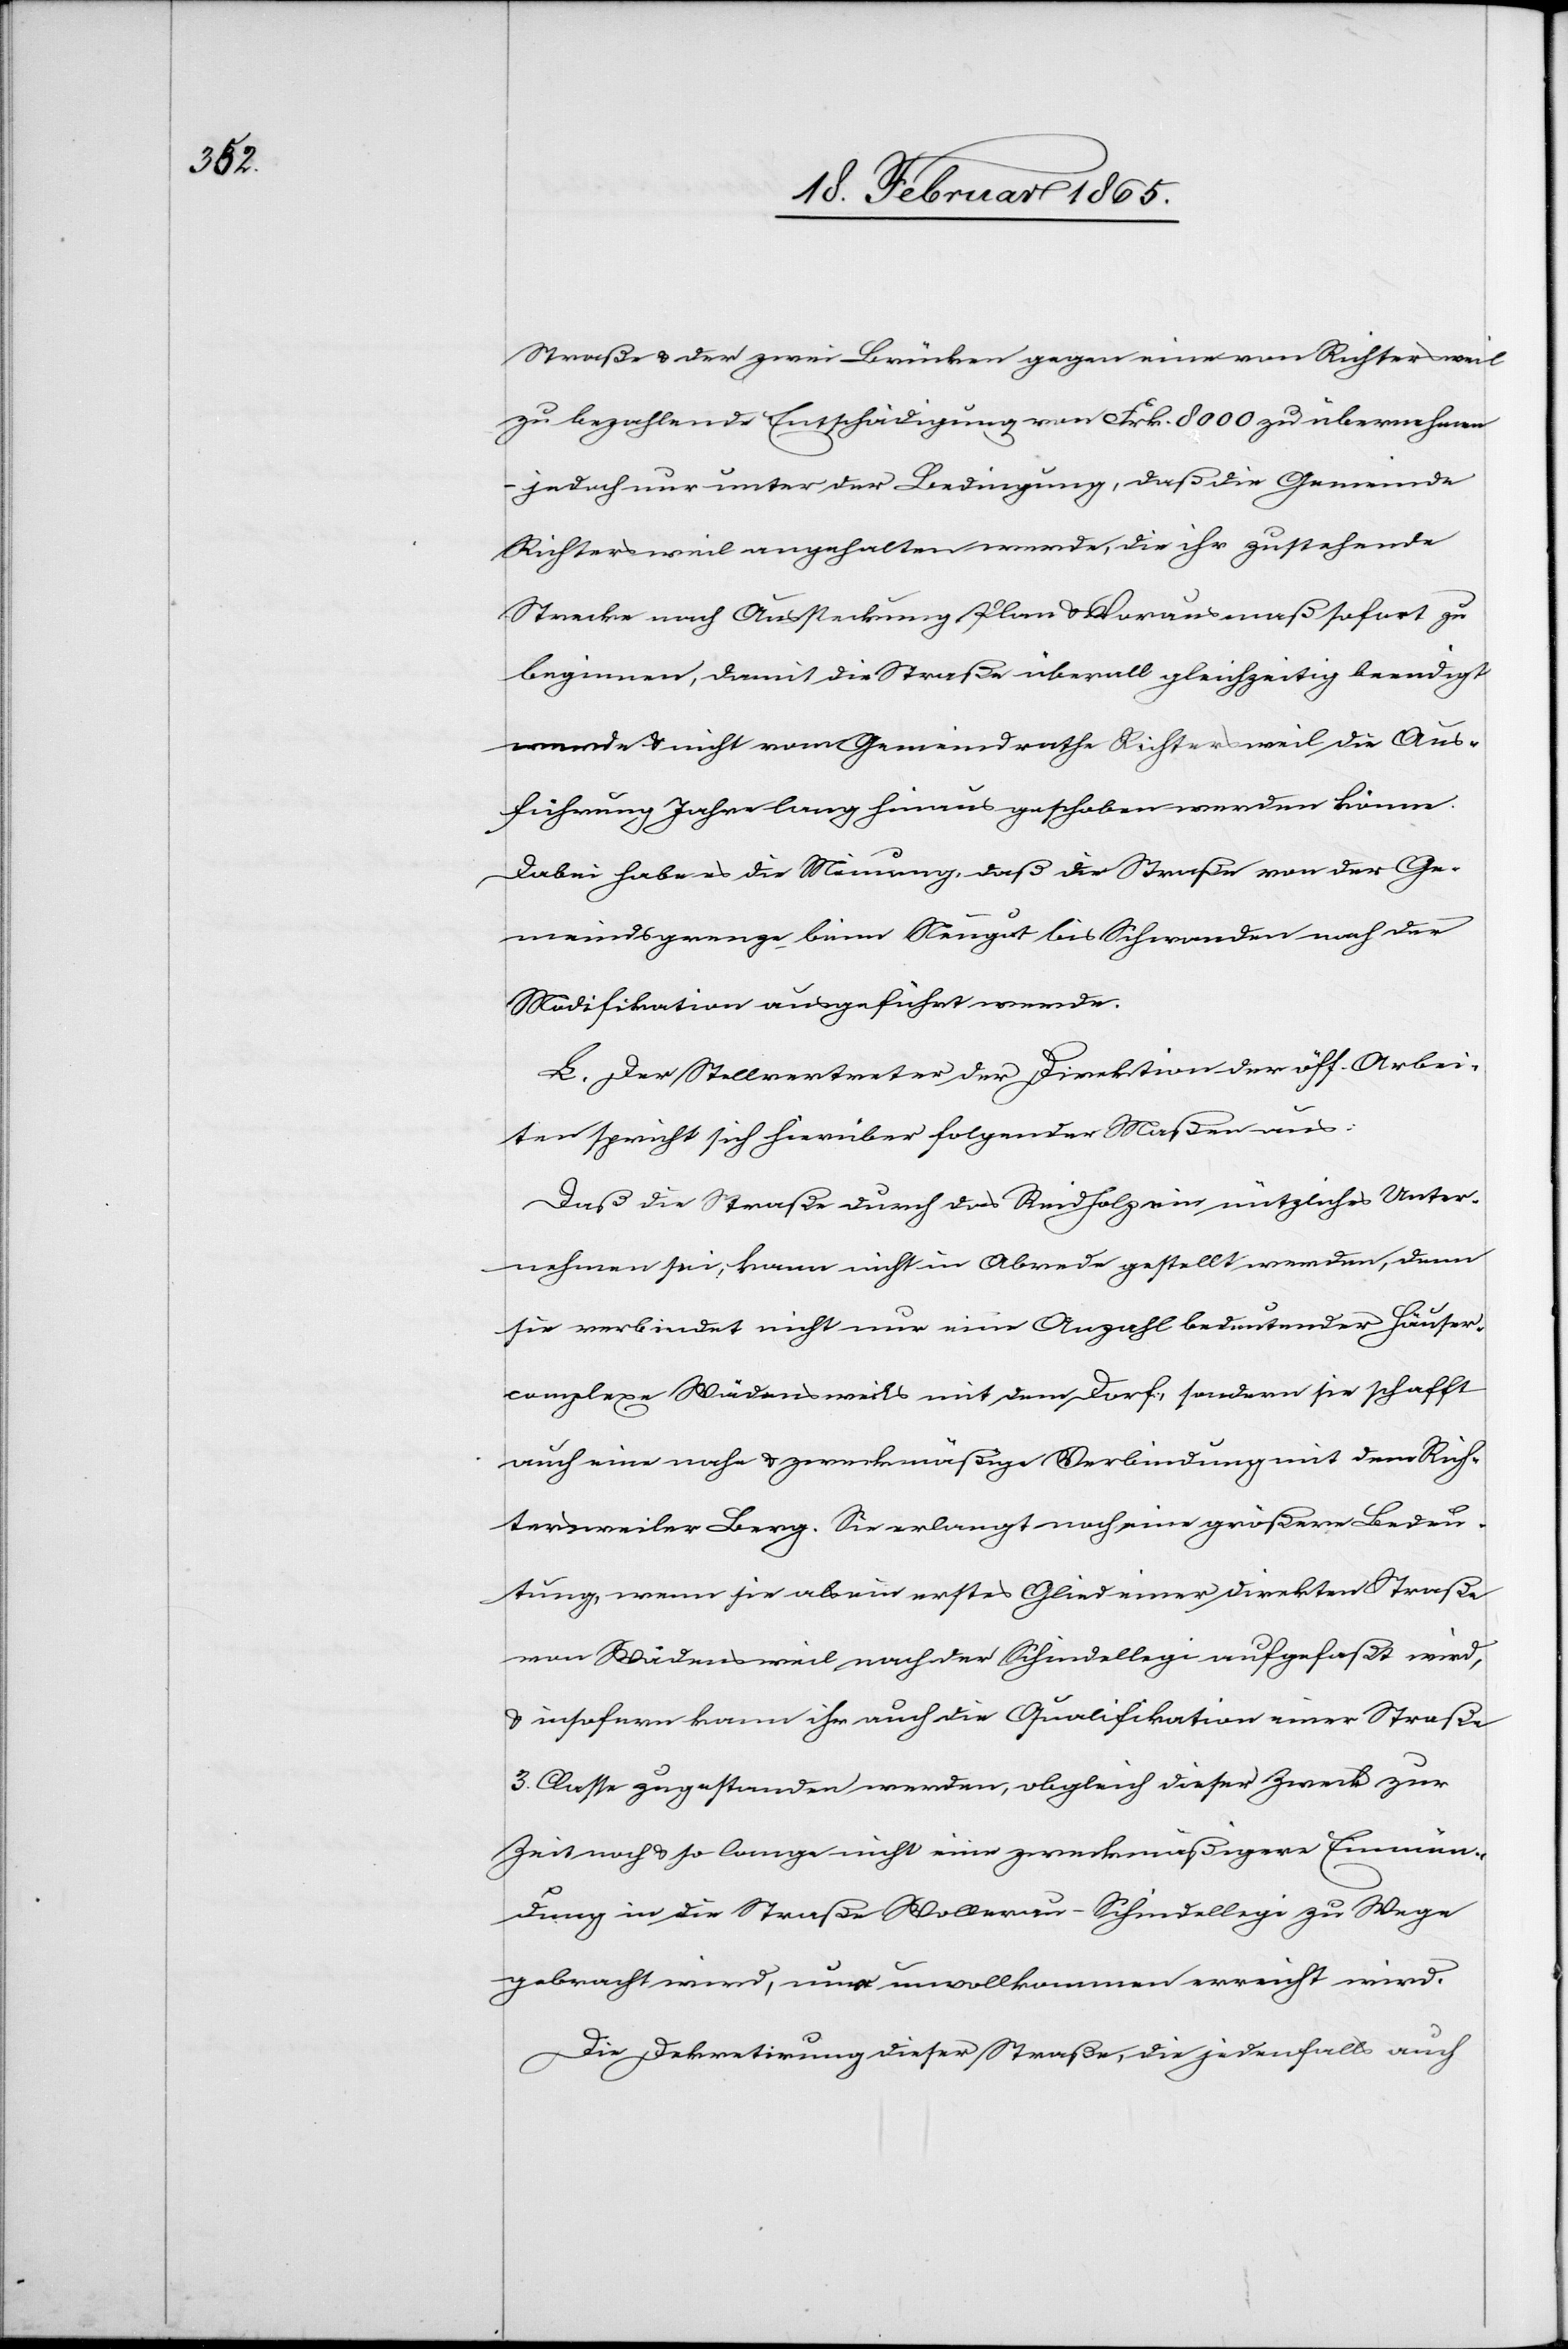
Straße u. der zwei Brücken gegen eine von Richtersweil
zu bezahlende Entschädigung von Frk. 8000 zu übernehmen
jedoch nur unter der Bedingung, daß die Gemeinde
Richtersweil angehalten werde, die ihr zustehende
Strecke nach Aussteckung Plan u. Vorausmaß sofort zu
beginnen, damit die Straße überall gleichzeitig beendigt
werde u. nicht vom Gemeindrathe Richtersweil die Aus¬
führung Jahre lang hinaus geschoben werden könne.
Dabei habe es die Meinung, daß die Straße von der Ge¬
meindsgrenze beim Neugut bis Schwanden nach der
Modifikation ausgeführt werde.
L. Der Stellvertreter der Direktion der öff. Arbei¬
ten spricht sich hierüber folgender Maßen aus:
Daß die Straße durch das Reidholz ein nützliches Unter¬
nehmen sei, kann nicht in Abrede gestellt werden, denn
sie verbindet nicht nur eine Anzahl bedeutender Häuser¬
complexe Wädensweils mit dem Dorf, sondern sie schafft
auch eine nahe u. zweckmäßige Verbindung mit dem Rich¬
tersweiler Berg. Sie erlangt noch eine größere Bedeu¬
tung, wenn sie als ein ersters Glied einer direkten Straße
von Wädensweil nach der Schindellegi aufgefaßt wird,
u. insofern kann ihr auch die Qualifikation einer Straße
3. Classe zugestanden werden, obgleich dieser Zweck zur
Zeit noch u. so lange nicht eine zweckmäßigere Einmün¬
dung in die Straße Wollerau-Schindellegi zu Wege
gebracht wird, nur unvollkommen erreicht wird.
Die Dekretirung dieser Straße, die jedenfalls auch